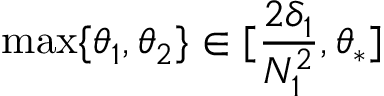
\operatorname* { m a x } \{ \theta _ { 1 } , \theta _ { 2 } \} \in [ \frac { 2 \delta _ { 1 } } { N _ { 1 } ^ { 2 } } , \theta _ { \ast } ]